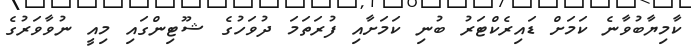
ކާމިޔާބުވާނެ ކަމަށް ޑައިރެކްޓަރު ބުނި ކަމަށާއި ފުރަތަމަ ދުވަހުގެ ޝޫޓިންގައި މިއީ ނުވާވަރުގެ